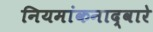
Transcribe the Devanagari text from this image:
नियमांकनाद्वारे